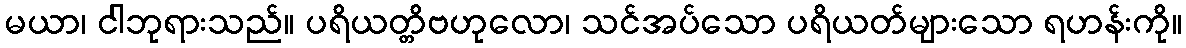
မယာ၊ ငါဘုရားသည်။ ပရိယတ္တိဗဟုလော၊ သင်အပ်သော ပရိယတ်များသော ရဟန်းကို။